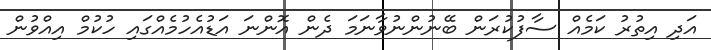
އަދި އިތުރު ކަމެއް ސާފުކުރަން ބޭނުންނުވާނަމަ ދެން އޮންނަ އަޑުއެހުމެއްގައި ހުކުމް އިއްވުން